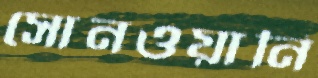
সোনওয়ানি